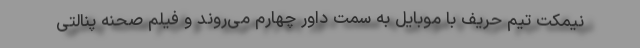
نیمکت تیم حریف با موبایل به سمت داور چهارم می‌روند و فیلم صحنه پنالتی